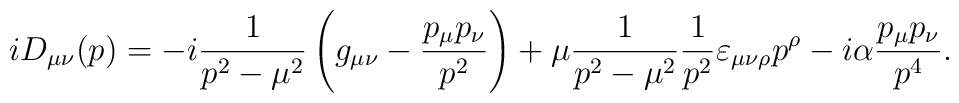
iD_{\mu\nu}(p)=-i\frac{1}{p^2-\mu^2}\left(g_{\mu\nu}-\frac{p_\mu p_\nu}{p^2}\right)+\mu\frac{1}{p^2-\mu^2}\frac{1}{p^2}\varepsilon_{\mu\nu\rho}p^{\rho}-i\alpha\frac{p_\mu p_\nu}{p^4}.